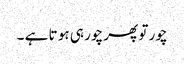
چور تو پھر چور ہی ہو تا ہے ۔